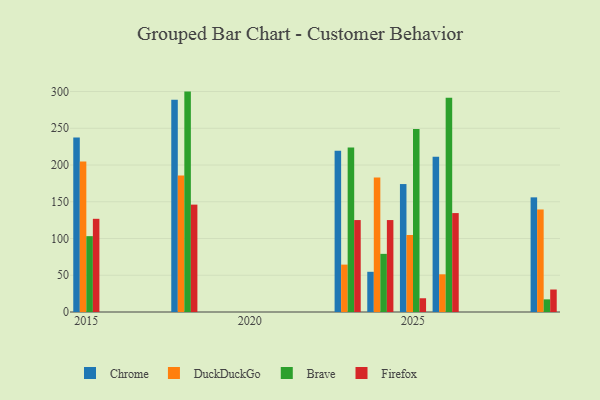
{"axis": {"x": "Year", "y": "Bounce Rate (%)"}, "legend": ["Brave", "Chrome", "DuckDuckGo", "Firefox"], "data": [{"x": "2026", "y": 211.1, "type": "Chrome"}, {"x": "2026", "y": 51.3, "type": "DuckDuckGo"}, {"x": "2026", "y": 291.6, "type": "Brave"}, {"x": "2026", "y": 134.6, "type": "Firefox"}, {"x": "2024", "y": 54.7, "type": "Chrome"}, {"x": "2024", "y": 183.1, "type": "DuckDuckGo"}, {"x": "2024", "y": 79.1, "type": "Brave"}, {"x": "2024", "y": 125.1, "type": "Firefox"}, {"x": "2025", "y": 174.1, "type": "Chrome"}, {"x": "2025", "y": 104.8, "type": "DuckDuckGo"}, {"x": "2025", "y": 249.1, "type": "Brave"}, {"x": "2025", "y": 18.7, "type": "Firefox"}, {"x": "2018", "y": 288.7, "type": "Chrome"}, {"x": "2018", "y": 185.9, "type": "DuckDuckGo"}, {"x": "2018", "y": 299.9, "type": "Brave"}, {"x": "2018", "y": 146.1, "type": "Firefox"}, {"x": "2023", "y": 219.5, "type": "Chrome"}, {"x": "2023", "y": 64.5, "type": "DuckDuckGo"}, {"x": "2023", "y": 223.7, "type": "Brave"}, {"x": "2023", "y": 125.1, "type": "Firefox"}, {"x": "2015", "y": 237.5, "type": "Chrome"}, {"x": "2015", "y": 204.7, "type": "DuckDuckGo"}, {"x": "2015", "y": 103.2, "type": "Brave"}, {"x": "2015", "y": 126.8, "type": "Firefox"}, {"x": "2029", "y": 156.0, "type": "Chrome"}, {"x": "2029", "y": 139.5, "type": "DuckDuckGo"}, {"x": "2029", "y": 17.2, "type": "Brave"}, {"x": "2029", "y": 30.6, "type": "Firefox"}]}